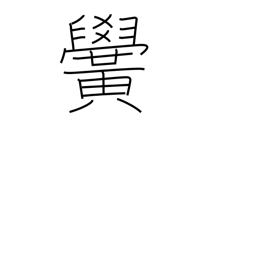
Meaning: school